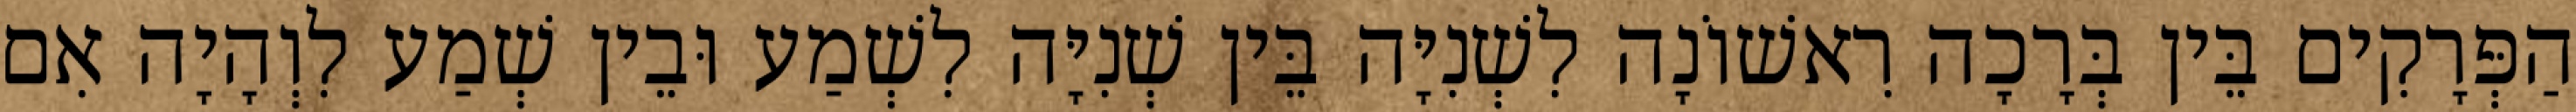
הַפְּרָקִים בֵּין בְּרָכָה רִאשׁוֹנָה לִשְׁנִיָּה בֵּין שְׁנִיָּה לִשְׁמַע וּבֵין שְׁמַע לִוְהָיָה אִם